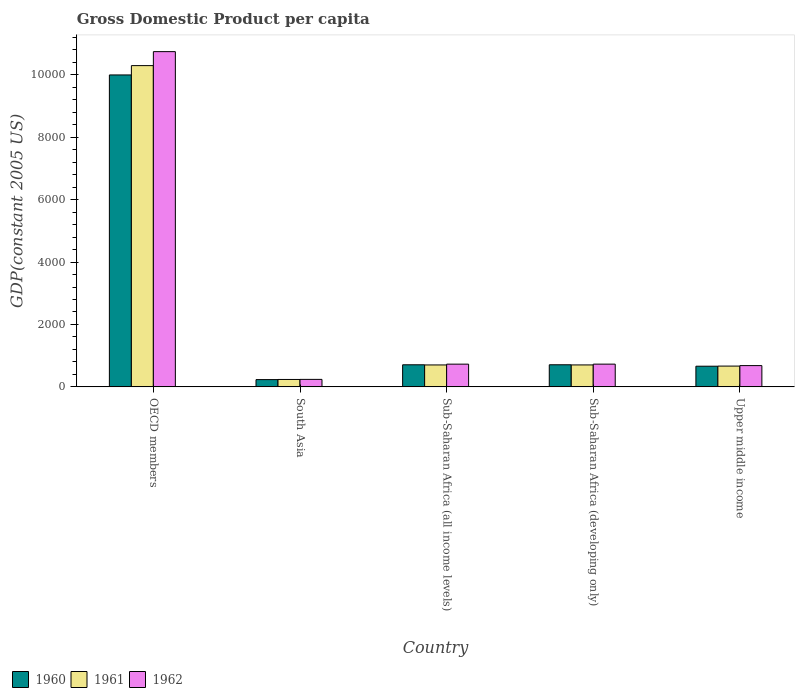
| Country | 1960 | 1961 | 1962 |
 | --- | --- | --- | --- |
 | OECD members | 1e+04 | 1.03e+04 | 1.07e+04 |
 | South Asia | 233 | 237 | 240 |
 | Sub-Saharan Africa (all income levels) | 707 | 702 | 728 |
 | Sub-Saharan Africa (developing only) | 708 | 703 | 729 |
 | Upper middle income | 662 | 666 | 682 |